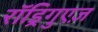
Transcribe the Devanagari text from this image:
रॉड्रिगुएज़